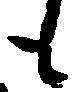
も